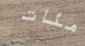
مئات